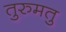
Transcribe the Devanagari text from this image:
तुरुमतु